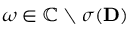
\omega \in \mathbb { C } \setminus \sigma ( \ensuremath { \mathbf { D } } )